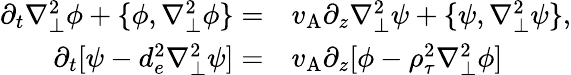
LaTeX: \begin{array}{rl}{\partial_{t}\nabla_{\perp}^{2}\phi+\{ \phi,\nabla_{\perp}^{2}\phi\} =}&{{}v_{\mathrm{A}}\partial_{z}\nabla_{\perp}^{2}\psi+\{ \psi,\nabla_{\perp}^{2}\psi\} ,}\\ {\partial_{t}[\psi-d_{e}^{2}\nabla_{\perp}^{2}\psi]=}&{{}v_{\mathrm{A}}\partial_{z}[\phi-\rho_{\tau}^{2}\nabla_{\perp}^{2}\phi]}\end{array}